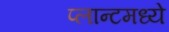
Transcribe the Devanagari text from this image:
प्लान्टमध्ये